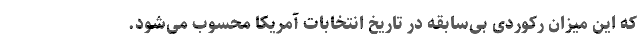
که این میزان رکوردی بی‌سابقه در تاریخ انتخابات آمریکا محسوب می‌شود.